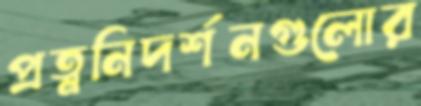
প্রত্ননিদর্শনগুলোর